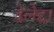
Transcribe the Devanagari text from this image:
देलेद्दा